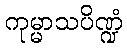
ကုမ္မာသပိဏ္ဍံ